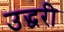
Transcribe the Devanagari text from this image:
उद्धरी